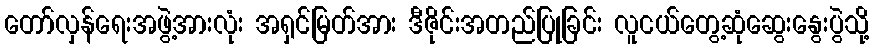
တော်လှန်ရေးအဖွဲ့အားလုံး အရှင်မြတ်အား ဒီဇိုင်းအတည်ပြုခြင်း လူငယ်တွေ့ဆုံဆွေးနွေးပွဲသို့